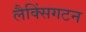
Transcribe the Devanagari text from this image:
लैक्सिंगटन